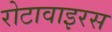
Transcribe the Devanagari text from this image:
रोटावाइरस